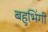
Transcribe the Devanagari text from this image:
बहुभिंगी